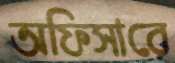
অফিসারে